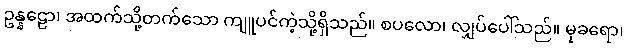
ဥန္နဠော၊ အထက်သို့တက်သော ကျူပင်ကဲ့သို့ရှိသည်။ စပလော၊ လျှပ်ပေါ်သည်။ မုခရော၊